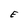
Character: E